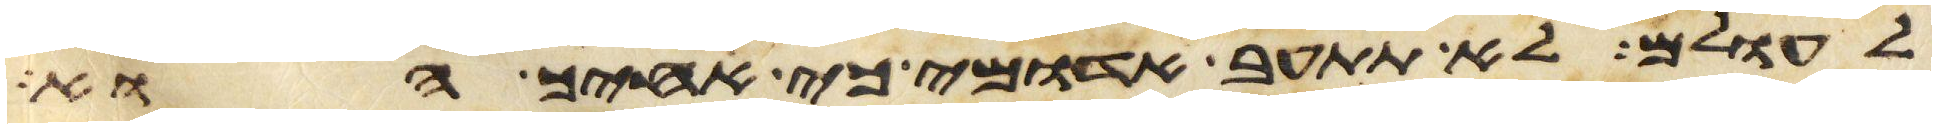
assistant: לעלם לא תתעב אדומי כי אחיך הוא